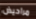
مراحيض